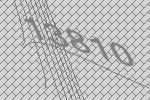
13810